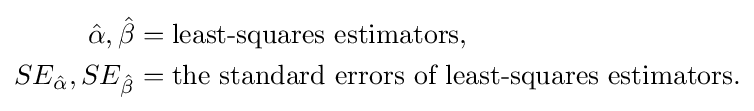
{\begin{aligned}{\hat {\alpha }},{\hat {\beta }}&={\text{least-squares estimators}},\\SE_{\hat {\alpha }},SE_{\hat {\beta }}&={\text{the standard errors of least-squares estimators}}.\end{aligned}}